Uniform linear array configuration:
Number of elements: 64
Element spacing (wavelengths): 0.25
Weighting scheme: uniform
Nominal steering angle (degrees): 30
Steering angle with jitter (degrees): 31.491
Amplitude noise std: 0.05
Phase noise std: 0.05

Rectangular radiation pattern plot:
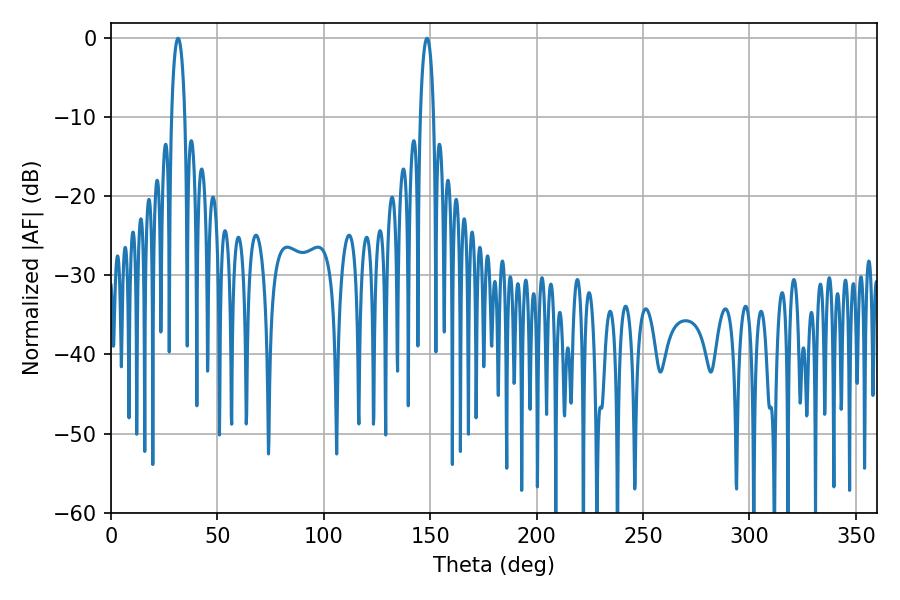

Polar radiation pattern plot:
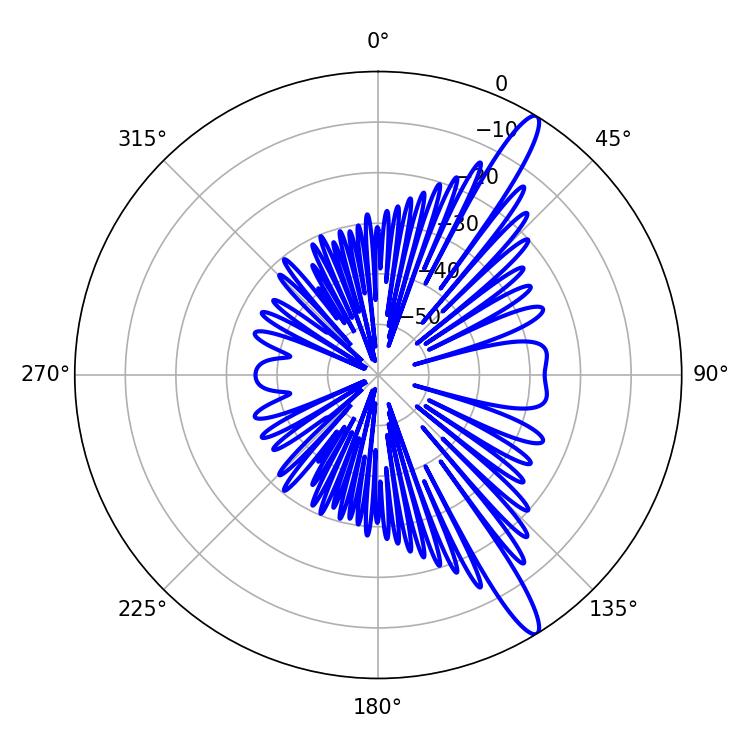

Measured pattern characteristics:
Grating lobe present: FALSE
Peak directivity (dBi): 14.13
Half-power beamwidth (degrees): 3.6
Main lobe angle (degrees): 31.5